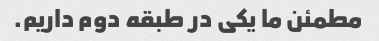
مطمئن ما یکی در طبقه دوم داریم.